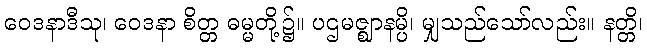
ဝေဒနာဒီသု၊ ဝေဒနာ စိတ္တ ဓမ္မတို့၌။ ပဌမဇ္ဈာနမ္ပိ၊ မျှသည်သော်လည်း။ နတ္တိ၊